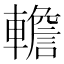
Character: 𨎻